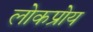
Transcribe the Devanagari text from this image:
लोकप्रोय